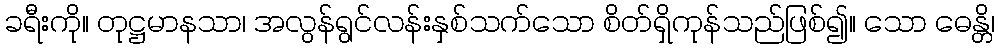
ခရီးကို။ တုဋ္ဌမာနသာ၊ အလွန်ရွင်လန်းနှစ်သက်သော စိတ်ရှိကုန်သည်ဖြစ်၍။ သော ဓေန္တိ၊